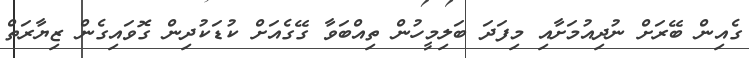
ގެއިން ބޭރަށް ނުދިއުމަށާއި މިފަދަ ބަލިމީހުން ތިއްބަވާ ގޭގެއަށް ކުޑަކުދިން ގޮވައިގެން ޒިޔާރަތް